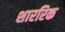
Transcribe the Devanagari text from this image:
शाररिक